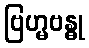
ဗြဟ္မဗန္ဓု